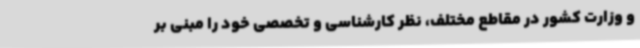
و وزارت کشور در مقاطع مختلف، نظر کارشناسی و تخصصی خود را مبنی بر